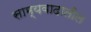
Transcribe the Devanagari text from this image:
साम्यवादातील